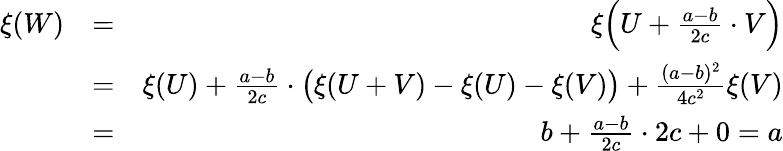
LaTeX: \begin{array}{rlr}{\xi(W)}&{=}&{\xi\Bigl(U+\frac{a-b}{2c}\cdot V\Bigr)}\\ &{=}&{\xi(U)+\frac{a-b}{2c}\cdot\bigl(\xi(U+V)-\xi(U)-\xi(V)\bigr)+\frac{(a-b)^{2}}{4c^{2}}\xi(V)}\\ &{=}&{b+\frac{a-b}{2c}\cdot 2c+0=a}\end{array}